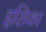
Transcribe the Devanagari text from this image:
इशिका